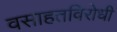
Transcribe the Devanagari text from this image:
वसाहतविरोधी